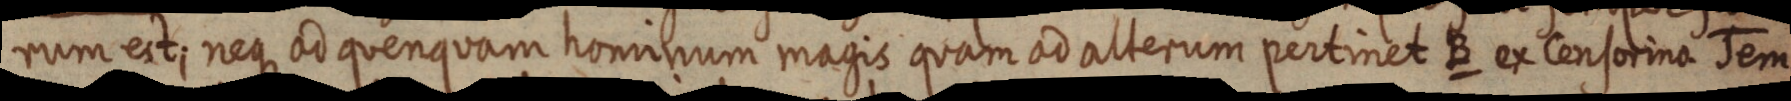
rum est; neque ad quenquam hominum magis quam ad alterum pertinet B ex censorina Tem